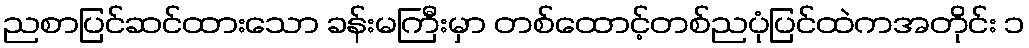
ညစာပြင်ဆင်ထားသော ခန်းမကြီးမှာ တစ်ထောင့်တစ်ညပုံပြင်ထဲကအတိုင်း ၁